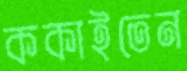
ককাইতেন